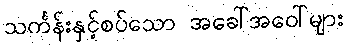
သင်္ကန်းနှင့်စပ်သော အခေါ်အဝေါ်များ